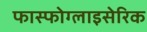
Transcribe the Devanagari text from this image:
फास्फोग्लाइसेरिक